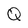
Character: Q